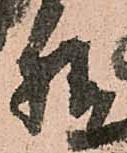
精